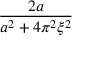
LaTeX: \frac { 2 a } { a ^ { 2 } + 4 \pi ^ { 2 } \xi ^ { 2 } }